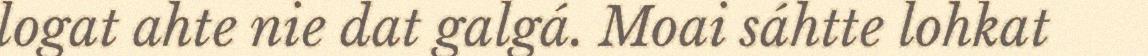
logat ahte nie dat galgá. Moai sáhtte lohkat